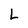
Character: L